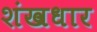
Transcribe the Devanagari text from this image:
शंखधार